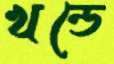
খন্ডে